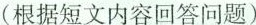
(根据短文内容回答问题)